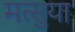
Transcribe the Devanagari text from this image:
मत्सुया